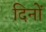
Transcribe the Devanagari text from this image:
दिनों